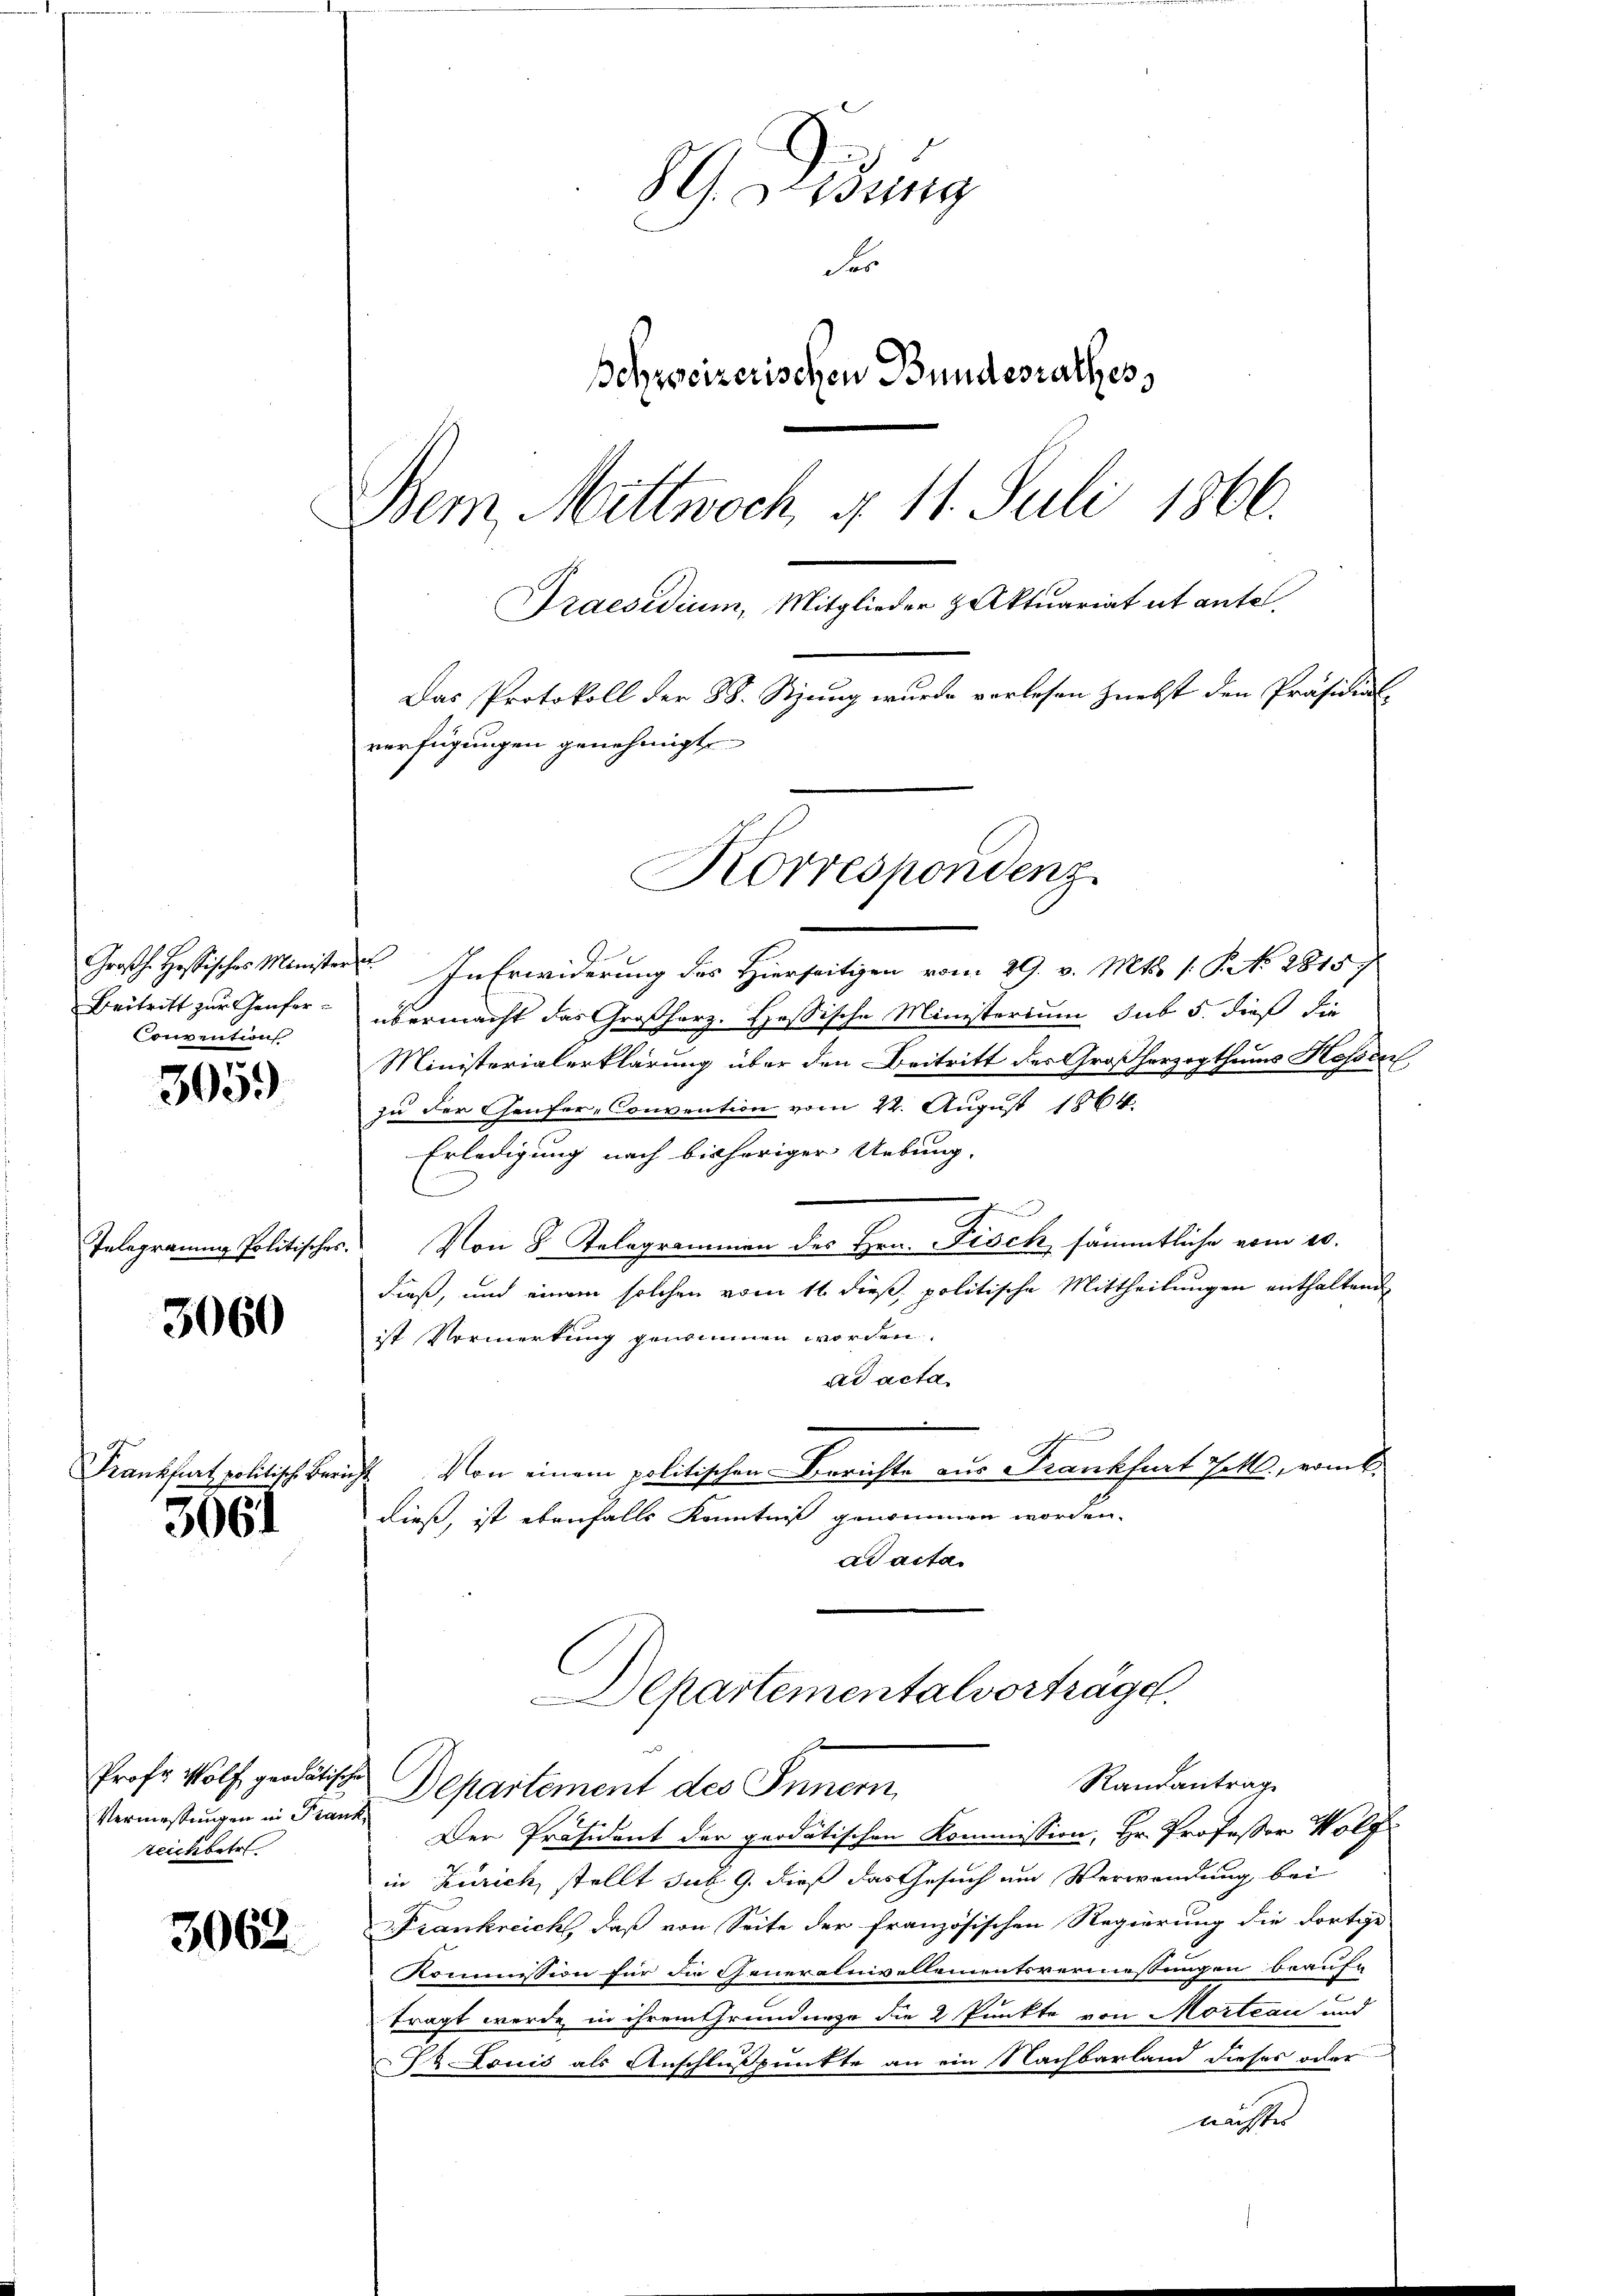
Convention

3059

Telegramm Politischen

3060

Frankfurt politische Be¬

3061

Vermessungen in Frank,
teichbetr

3062

Korrespondenz.

89. Didung
Ses
Beyseizerischen Bundesrathes
Dem Mittwoch § 11. Juli 1866.
Praesidium, Mitglieder zu Aktuariat et antel
Das Protokoll der 88. Stung wurde verlesen nebst den Präsidial
verfügungen genehmigt.

A
Großh. Hessisches Minister. In Erwiderung des Hierseitigen vom 29. v. Mts. /: P. No 2815
Beitritt zur Genfer - übermacht das Großherz- Hassische Ministerium sub 5. dieß die
Ministerialerklärung über den Beitritt des Großherzogthums Rossen
zu der Genfer-Convention vom 22. August 1864.
Erledigung nach bisheriger Uebung.
h
 Von 8 Telegrammen des Hrn. Fisch sämmtliche vom 20.
dieß, und einem solchen vom 11. dieß, politische Mittheilungen enthaltende
ist Vormerkung genommen worden.
ad acta
Von einem politischen Berichte aus Frankfurt Pott, vom 6.
i
dieß, ist ebenfalls Kenntniß genommen worden.
ad acta.
Departementalvorträge.
e
Randantrag
Prof. Wolf, geratische Departement des Innern,
Der Präsident der geodatischen Kommission, Hr. Professor Wolf
in Zürich, stellt sub 9. dieß das Gesuch und Verwendung bei
Frankreicht, daß von Seite der französischen Regierung die dortige
Kommission für die Generalnivellementsvermessungen beauft
tragt werde in ihrem Grundnege die 2 Punkte von Morteau und
& Louis als Anschlußpunkte an ein Nachbarland dieses oder
nächste